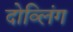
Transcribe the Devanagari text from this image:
दोव्लिंग